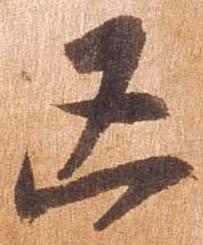
凶